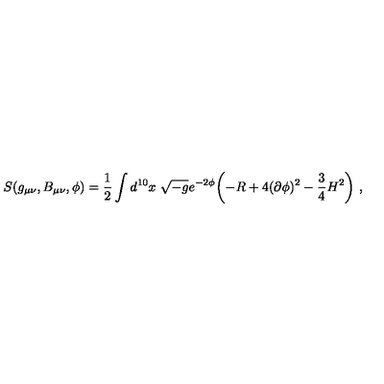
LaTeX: S ( g _ { \mu \nu } , B _ { \mu \nu } , \phi ) = { \frac { 1 } { 2 } } \int d ^ { 1 0 } x \ \sqrt { - g } e ^ { - 2 \phi } \biggl ( - R + 4 ( \partial \phi ) ^ { 2 } - { \frac { 3 } { 4 } } H ^ { 2 } \biggr ) \ ,